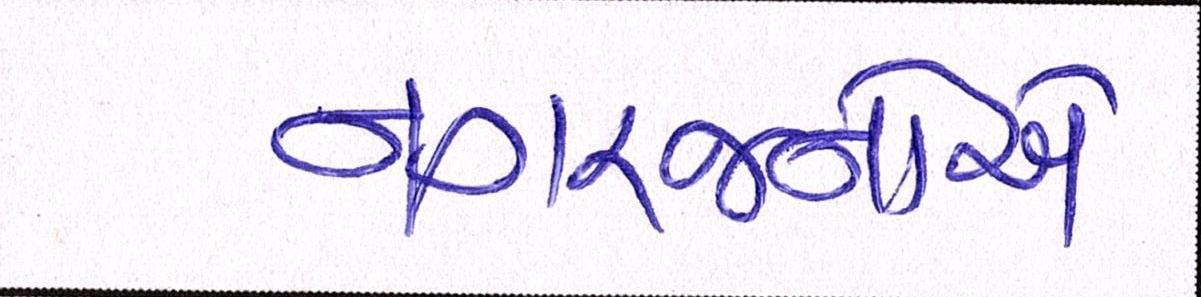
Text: નગરજનોએ